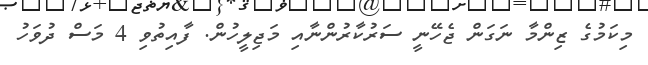
މިކަމުގެ ޒިންމާ ނަގަން ޖެހޭނީ ސަރުކާރުންނާއި މަޖިލީހުން. ފާއިތުވި 4 މަސް ދުވަހު